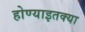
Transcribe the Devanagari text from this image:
होण्याइतक्या